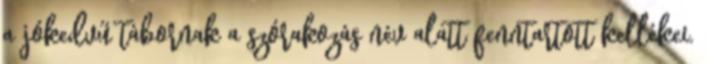
a jókedvű tábornak a szórakozás név alatt fenntartott kellékei.